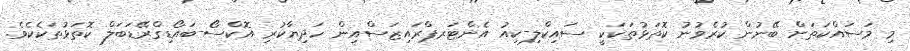
މި މަސައްކަތަށް ބޭނުން ކުރެވުނު ކޮތަޅުތަކަކީ ސައިކްލި-ކިއު އެންޓަރޕްރައިޒަސްއިން ހަދިޔާކުރި އޮކްސޯ-ބައޯޑިގްރޭޑަބަލް ކޮތަޅުތަކެކެވެ.